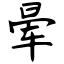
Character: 晕